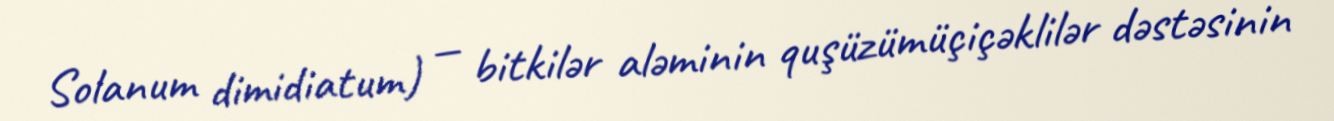
Solanum dimidiatum) — bitkilər aləminin quşüzümüçiçəklilər dəstəsinin